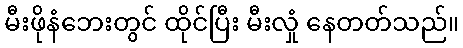
မီးဖိုနံဘေးတွင် ထိုင်ပြီး မီးလှုံ နေတတ်သည်။